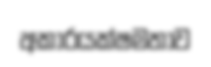
අකාරයක්ෂමතාව